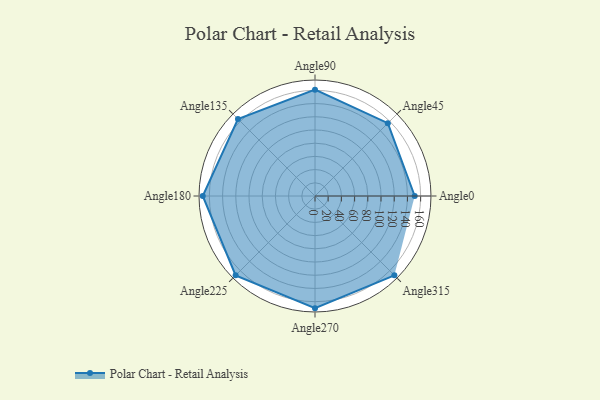
{"axis": {"x": "Angle", "y": "Radius"}, "legend": [""], "data": [{"x": "Angle0", "y": 151.0, "type": ""}, {"x": "Angle45", "y": 156.0, "type": ""}, {"x": "Angle90", "y": 161.0, "type": ""}, {"x": "Angle135", "y": 165.0, "type": ""}, {"x": "Angle180", "y": 170, "type": ""}, {"x": "Angle225", "y": 170, "type": ""}, {"x": "Angle270", "y": 170, "type": ""}, {"x": "Angle315", "y": 170, "type": ""}]}